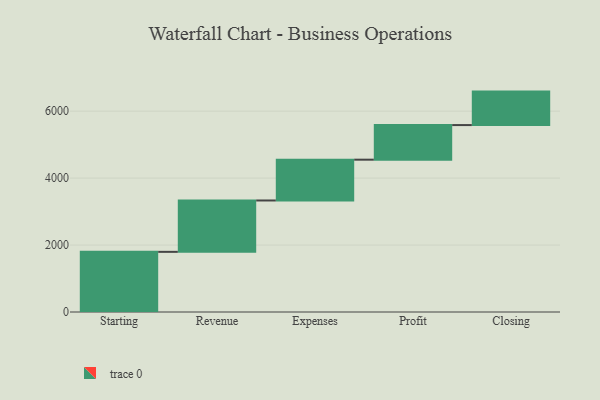
{"axis": {"x": "Step", "y": "Value"}, "legend": [""], "data": [{"x": "Starting", "y": 1797.0, "type": ""}, {"x": "Revenue", "y": 1535.0, "type": ""}, {"x": "Expenses", "y": 1219.0, "type": ""}, {"x": "Profit", "y": 1034.0, "type": ""}, {"x": "Closing", "y": 1000, "type": ""}]}